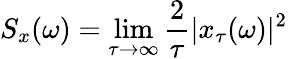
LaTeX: S_{x}(\omega)=\operatorname*{lim}_{\tau\to\infty}\frac{2}{\tau}|x_{\tau}(\omega)|^{2}